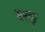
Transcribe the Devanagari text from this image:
बरलु